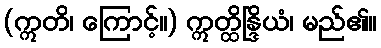
(ဣတိ၊ ကြောင့်။) ဣတ္ထိန္ဒြိယံ၊ မည်၏။